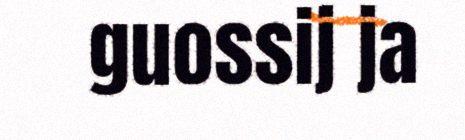
guossij ja